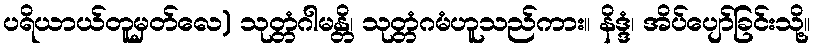
ပရိယာယ်တူမှတ်လေ) သုတ္တံဂါမန္တိ၊ သုတ္တံဂမံဟူသည်ကား။ နိဒ္ဒံ၊ အိပ်ပျော်ခြင်းသို့။